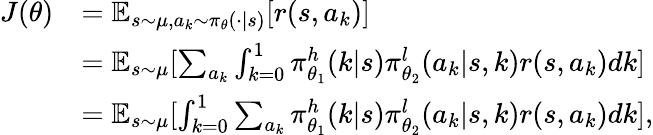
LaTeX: \begin{array}{rl}{J(\theta)}&{=\mathbb{E}_{s\sim\mu,a_{k}\sim\pi_{\theta}(\cdot|s)}[r(s,a_{k})]}\\ &{=\mathbb{E}_{s\sim\mu}[\sum_{a_{k}}\int_{k=0}^{1}\pi_{\theta_{1}}^{h}(k|s)\pi_{\theta_{2}}^{l}(a_{k}|s,k)r(s,a_{k})dk]}\\ &{=\mathbb{E}_{s\sim\mu}[\int_{k=0}^{1}\sum_{a_{k}}\pi_{\theta_{1}}^{h}(k|s)\pi_{\theta_{2}}^{l}(a_{k}|s,k)r(s,a_{k})dk],}\end{array}